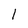
Character: 1